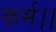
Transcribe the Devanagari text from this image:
कर्म।।